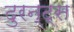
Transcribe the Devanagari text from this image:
दुरन्ट्स